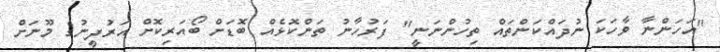
"އަހަންނާ ވާހަކަ ނުދައްކަންތައް ތިހުންނަނީ" ފަރުހާނު ތަންކޮޅެއް ބޮޑަށް ބޯއަރިކޮށް އަރުފީނުގެ މޫނަށް